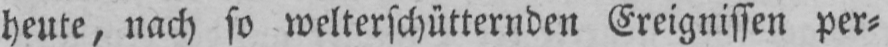
heute, nach so welterschütternden Ereignissen per⸗